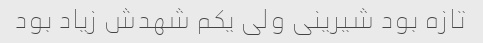
تازه بود شیرینی ولی یکم شهدش زیاد بود